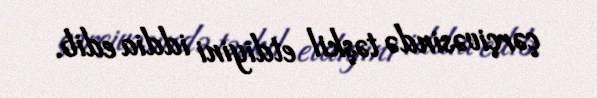
çərçivəsində təşkil etdiyini iddia edib.